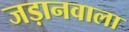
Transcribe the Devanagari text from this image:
जड़ानवाला